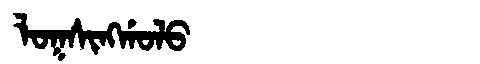
Manchu: ᠯᠣᡴᠰᡳᠩᡤᠣᠯᠣ
Romanization: LOKSINGGOLO